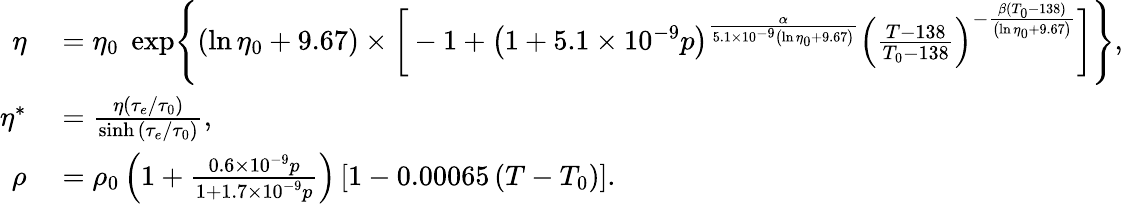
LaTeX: \begin{array}{rl}{\eta}&{{}=\eta_{0}\; \exp\Biggl\{ (\ln\eta_{0}+9.67)\times\bigg[-1+\left(1+5.1\times 10^{-9}p\right)^{\frac{\alpha}{5.1\times 10^{-9}\left(\ln\eta_{0}+9.67\right)}}\left(\frac{T-138}{T_{0}-138}\right)^{-\frac{\beta(T_{0}-138)}{\left(\ln\eta_{0}+9.67\right)}}\bigg]\Biggl\} ,}\\ {\eta^{*}}&{{}=\frac{\eta\left(\tau_{e}/\tau_{0}\right)}{\sinh{\left(\tau_{e}/\tau_{0}\right)}},}\\ {\rho}&{{}=\rho_{0}\left(1+\frac{0.6\times 10^{-9}p}{1+1.7\times 10^{-9}p}\right)\left[1-0.00065\left(T-T_{0}\right)\right].}\end{array}